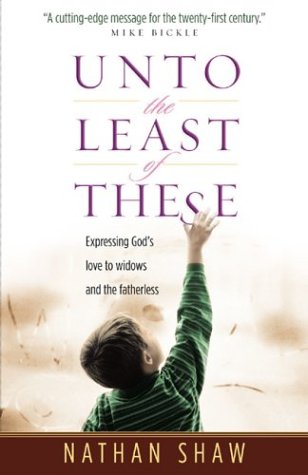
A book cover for Unto the Least of These: Expressing God's Love to Widows and the Fatherless; Nathan Shaw; Christian Books & Bibles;